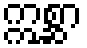
ဣစ္ဆာ